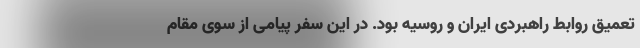
تعمیق روابط راهبردی ایران و روسیه بود. در این سفر پیامی از سوی مقام